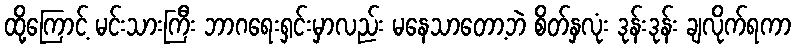
ထို့ကြောင့် မင်းသားကြီး ဘာဂရေးရှင်းမှာလည်း မနေသာတော့ဘဲ စိတ်နှလုံး ဒုန်းဒုန်း ချလိုက်ရကာ